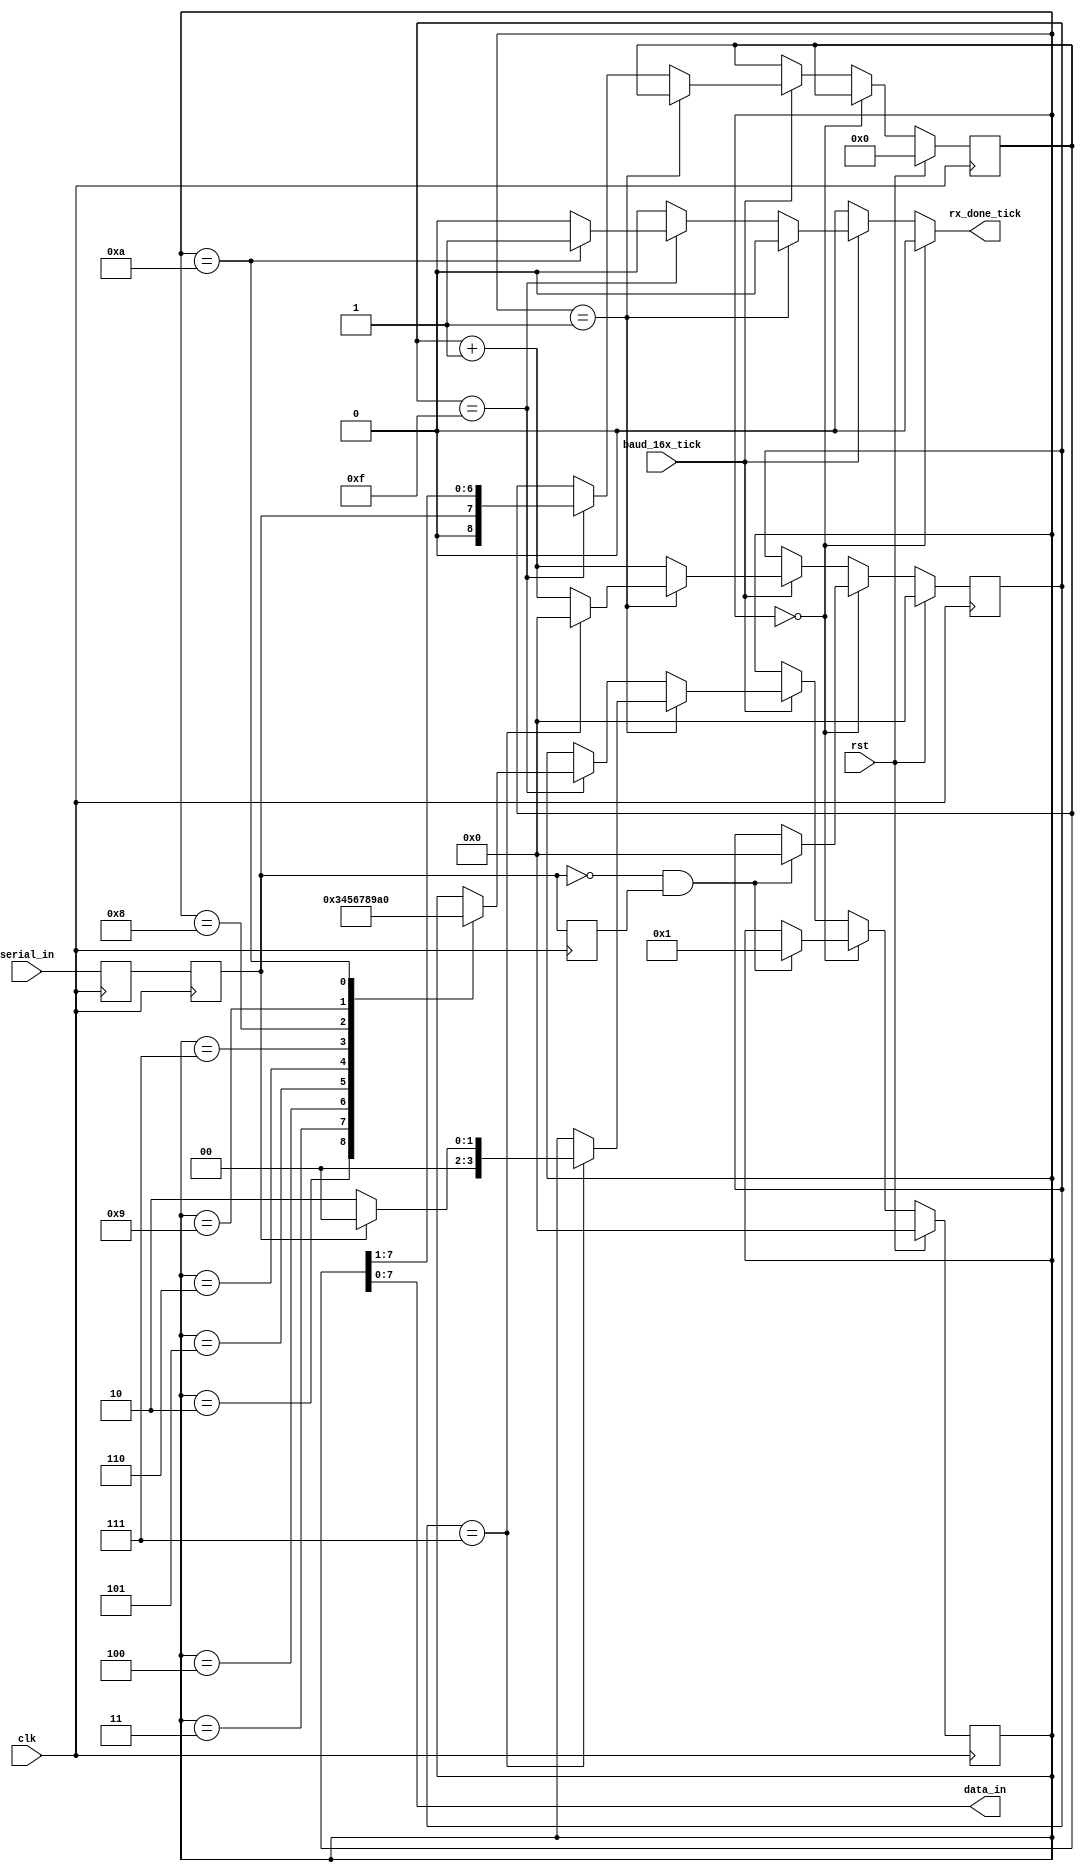
module uart_rx ( 
   input  wire        clk,
   input  wire        rst,         
   input  wire        serial_in,
   input  wire        baud_16x_tick,
   output wire [7:0]  data_in , 
   output reg         rx_done_tick
);

   localparam  IDLE  = 4'h0,
               BIT_START = 4'h1,
               BIT_0 = 4'h2,
               BIT_1 = 4'h3,
               BIT_2 = 4'h4,
               BIT_3 = 4'h5,
               BIT_4 = 4'h6,
               BIT_5 = 4'h7,
               BIT_6 = 4'h8,
               BIT_7 = 4'h9,
               BIT_STOP = 4'hA;

   wire neg_edge_det ; 
   reg serial_in_sync,  rx , rx_dly ; 
   reg [3:0] state_r, state_nxt ; 
   reg [8:0] data_in_r, data_in_nxt ; 
   reg [3:0] baud_16x_tick_cnt,  baud_16x_tick_cnt_nxt ; 


   always @ ( posedge clk ) begin 
      serial_in_sync  <= serial_in ; 
      rx             <= serial_in_sync ; 
      rx_dly         <= rx ; 
   end

   assign neg_edge_det  = ~rx & rx_dly ; 

   assign data_in = data_in_r[7:0] ;
  
   initial begin 
         state_r = IDLE ;
         baud_16x_tick_cnt = 0 ;  
         data_in_r  = 0 ; 
   end 

   always @( posedge clk ) 
      if ( rst ) begin 
         state_r <= IDLE ;
         baud_16x_tick_cnt <= 0 ;  
         data_in_r  <= 0 ; 
      end else begin 
         state_r <= state_nxt ;
         baud_16x_tick_cnt <= baud_16x_tick_cnt_nxt ; 
         data_in_r  <= data_in_nxt ; 
      end   

   always @(*) begin 
      baud_16x_tick_cnt_nxt = baud_16x_tick_cnt ; 
      state_nxt = state_r  ;  
      data_in_nxt = data_in_r ; 
      rx_done_tick = 1'b0 ; 
      if ( state_r == IDLE ) begin 
            if ( neg_edge_det ) begin 
               state_nxt = BIT_START ; 
               baud_16x_tick_cnt_nxt = 4'h0 ; 
            end    
      end else begin
         if ( baud_16x_tick == 1'b1 ) begin 
            baud_16x_tick_cnt_nxt = baud_16x_tick_cnt + 1  ; 
            if ( state_r == BIT_START ) begin 
               if ( baud_16x_tick_cnt == 4'h7 ) begin 
                  state_nxt = rx ? IDLE : BIT_0 ; 
                  baud_16x_tick_cnt_nxt = 4'h0 ; 
               end   
            end else  begin 
               if ( baud_16x_tick_cnt == 4'hF  ) begin 
                  data_in_nxt  = { rx, data_in_r[7:1] } ; 
                  case ( state_r ) 
                     BIT_0 : state_nxt  = BIT_1 ; 
                     BIT_1 : state_nxt  = BIT_2 ; 
                     BIT_2 : state_nxt  = BIT_3 ; 
                     BIT_3 : state_nxt  = BIT_4 ; 
                     BIT_4 : state_nxt  = BIT_5 ; 
                     BIT_5 : state_nxt  = BIT_6 ; 
                     BIT_6 : state_nxt  = BIT_7 ; 
                     BIT_7 : state_nxt  = BIT_STOP ; 
                     BIT_STOP : begin 
                                    state_nxt  = IDLE ; 
                                    rx_done_tick = 1'b1 ; 
                                end     
                  endcase
               end // baud_16x_tick_cnt == 4'hF 
            end   //  state_r == BIT_START   
         end   // baud_16x_tick == 1'b1     
      end  // state_r == IDLE   
   end 

`ifdef SVA

   assert property ( @( posedge clk ) 
         ( $fell( serial_in ) && state_r == IDLE ) |-> ##[2:3] $fell(rx) ## 1  ( state_r == BIT_START )     
   );

   assert property ( @( posedge baud_16x_tick ) 
         ( state_r == BIT_START  && ( rx ) )  |-> ##[1:8] ( state_r == IDLE )  
   );       

   assert property ( @( posedge baud_16x_tick ) 
         ( state_r == BIT_START ) ## 1  ( state_r == BIT_0 ) 
                              |-> ## 16  ( state_r == BIT_1 ) 
                                  ## 16  ( state_r == BIT_2 ) 
                                  ## 16  ( state_r == BIT_3 ) 
                                  ## 16  ( state_r == BIT_4 ) 
                                  ## 16  ( state_r == BIT_5 ) 
                                  ## 16  ( state_r == BIT_6 ) 
                                  ## 16  ( state_r == BIT_7 ) 
                                  ## 16  ( state_r == BIT_STOP ) 
   ) ;  


   assert property ( @ ( posedge clk ) 
        $rose( rx_done_tick ) |=> $past( state_r == BIT_STOP ) && ( state_r == IDLE )  
   ); 

`endif

endmodule